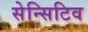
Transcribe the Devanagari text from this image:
सेन्सिटिव